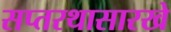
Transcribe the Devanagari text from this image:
सप्तरथासारखे